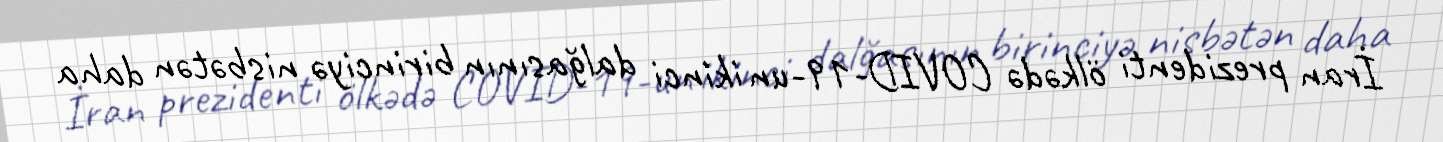
İran prezidenti ölkədə COVID-19-un ikinci dalğasının birinciyə nisbətən daha